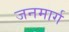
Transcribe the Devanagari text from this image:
जनमार्ग